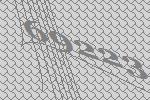
69223